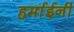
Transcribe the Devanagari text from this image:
हर्माईनी